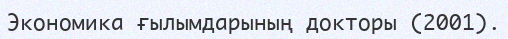
Экономика ғылымдарының докторы (2001).